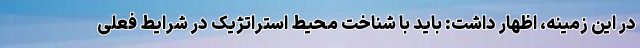
در این زمینه، اظهار داشت: باید با شناخت محیط استراتژیک در شرایط فعلی